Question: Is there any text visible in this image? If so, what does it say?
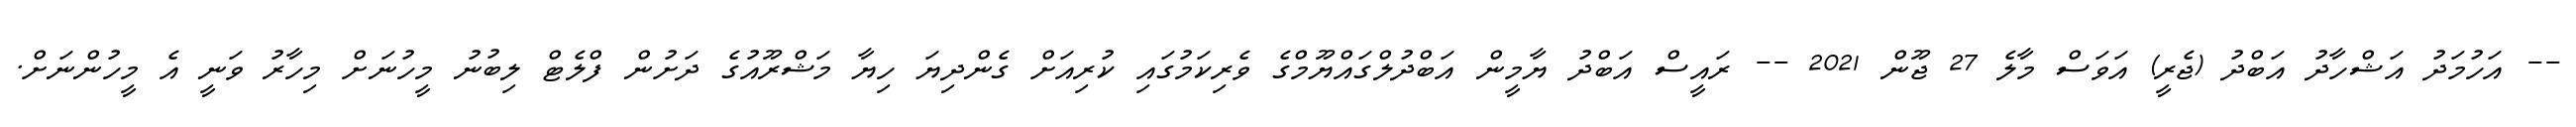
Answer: -- އަހުމަދު އަޝްހާދު އަބްދު (ޖެރީ) އަވަސް މާލެ 27 ޖޫން 2021 -- ރައީސް އަބްދު ޔާމީން އަބްދުލްގައްޔޫމްގެ ވެރިކަމުގައި ކުރިއަށް ގެންދިޔަ ހިޔާ މަޝްރޫއުގެ ދަށުން ފްލެޓް ލިބުނު މީހުނަށް މިހާރު ވަނީ އެ މީހުންނަށް.